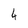
Character: 4